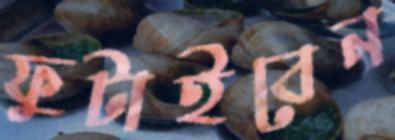
ফুটাইবেন